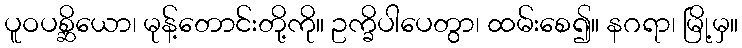
ပူဝပစ္ဆိယော၊ မုန့်တောင်းတို့ကို။ ဥက္ခိပါပေတွာ၊ ထမ်းစေ၍။ နဂရာ၊ မြို့မှ။